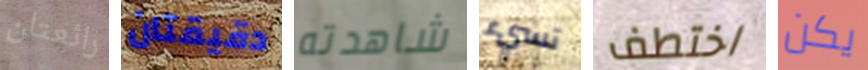
رائعتان دقيقتان شاهدته تسيء اختطف يكن